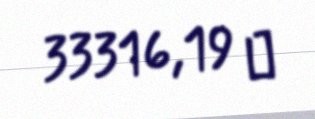
33316,19 ₼